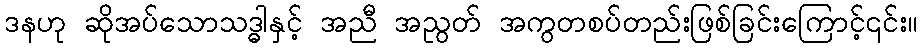
ဒနဟု ဆိုအပ်သောသဒ္ဓါနှင့် အညီ အညွတ် အကွတစပ်တည်းဖြစ်ခြင်းကြောင့်၎င်း။